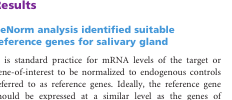
| Gene symbol | Genotype | AE ± SD |
 | --- | --- | --- |
 | <ROWSPAN=2> Dcpp2 | CON | 1.99 ± 0.18 |
 | WT | 1.98 ± 0.22 |
 | <ROWSPAN=2> Prrt1 | CON | 1.91 ± 0.14 |
 | WT | 1.86 ± 0.16 |
 | <ROWSPAN=2> Has1 | CON | 1.89 ± 0.17 |
 | WT | 1.86 ± 0.16 |